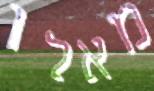
מאלו